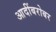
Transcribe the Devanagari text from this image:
आदींबरोबर